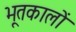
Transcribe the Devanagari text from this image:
भूतकालों